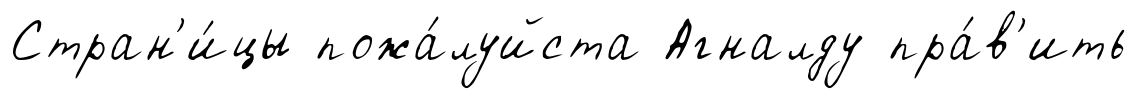
Стран'и́цы пожа́луйста Агналду пра́в'ить